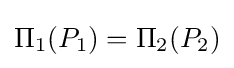
\Pi _{1}(P_{1})=\Pi _{2}(P_{2})